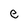
Character: e